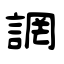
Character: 誷